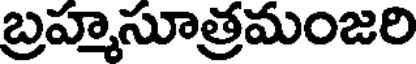
బ్రహ్మసూత్రమంజరి